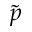
\tilde { p }